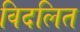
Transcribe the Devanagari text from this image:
विदलित